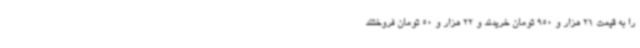
را به قیمت 21 هزار و 950 تومان خریدند و 22 هزار و 50 تومان فروختند